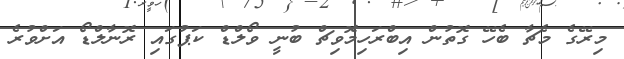
މިރޭގެ މެޗާ ބެހޭ ގޮތުން އިބްރަހިމޮވިޗް ބުނީ ވޯލްޑް ކަޕުގައި ރޮނާލްޑޯ އަށްވުރެ